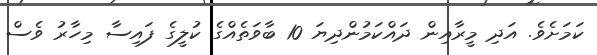
ކަމަށެވެ. އަދި މީރާއިން ދައްކަމުންދިޔަ 10 ބާވަތެއްގެ ކުލީގެ ފައިސާ މިހާރު ވެސް